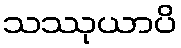
သဿုယာပိ